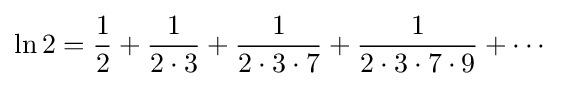
\ln 2={\frac {1}{2}}+{\frac {1}{2\cdot 3}}+{\frac {1}{2\cdot 3\cdot 7}}+{\frac {1}{2\cdot 3\cdot 7\cdot 9}}+\cdots